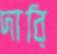
দারি